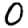
Digit: 0